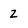
Character: 2